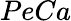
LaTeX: PeCa